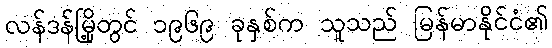
လန်ဒန်မြို့တွင် ၁၉၆၉ ခုနှစ်က သူသည် မြန်မာနိုင်ငံ၏